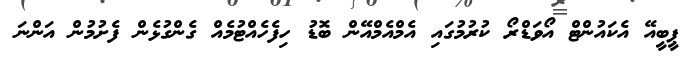
ޕީބީއޭ އެކައުންޓް އޯވަޑްރޯ ކުރުމުގައި އެމްއެމްއޭން ބޮޑު ހިފެހެއްޓުމެއް ގެންގުޅެން ފެށުމުން އަންނަ